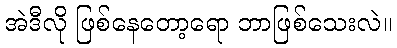
အဲဒီလို ဖြစ်နေတော့ရော ဘာဖြစ်သေးလဲ။